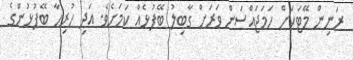
ރަނިން މޭޓަކަށް ހަމަޖައްސަން ވަރަށް ގާބިލު ބޭފުޅެއް ކަމަށެވެ. އަދި ހުރިހާ ބޭފުޅުންގެ